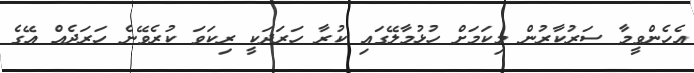
އެހެންވީމާ ސަރުކާރުން މިކަމަށް ހުޅުމާލޭގައި ކުރާ ހަރަދަކީ ރިކަވަ ކުރެވޭނެ ހަރަދެއް އޭގެ